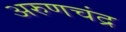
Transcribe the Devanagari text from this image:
अरुणचंद्र